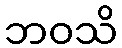
ဘဝသိ